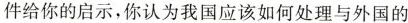
件给你的启示，你认为我国应该如何处理与外国的